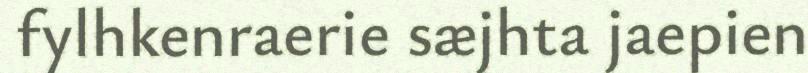
fylhkenraerie sæjhta jaepien